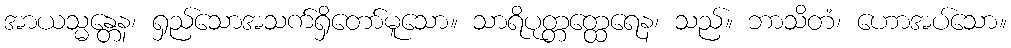
အာယသ္မန္တေန၊ ရှည်သောအသက်ရှိတော်မူသော။ သာရိပုတ္တတ္ထေရေန၊ သည်။ ဘာသိတံ၊ ဟောအပ်သော။